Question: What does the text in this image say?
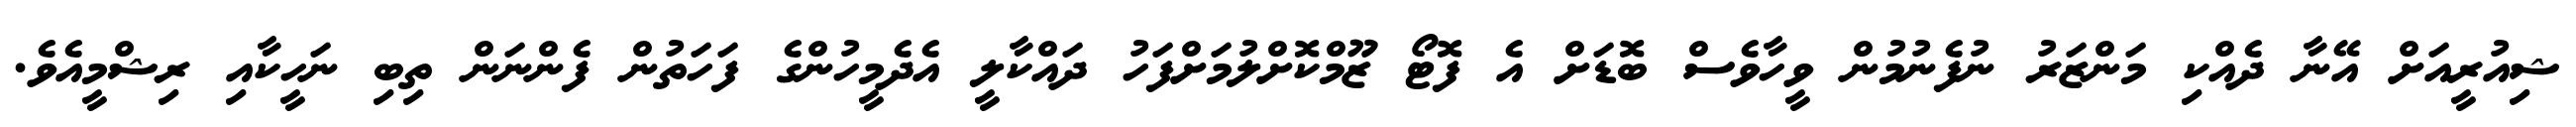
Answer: ޝިއުރީއަށް އޭނާ ދެއްކި މަންޒަރު ނުފެނުމުން ވީހާވެސް ބޮޑަށް އެ ފޮޓޯ ޒޫމްކޮށްލުމަށްފަހު ދައްކާލީ އެދެމީހުންގެ ފަހަތުން ފެންނަން ތިބި ނަހީކާއި ރިޝްމީއެވެ.